Madras plague regulations in force outside the Presidency town - Volume 3
Disease focus: Plague
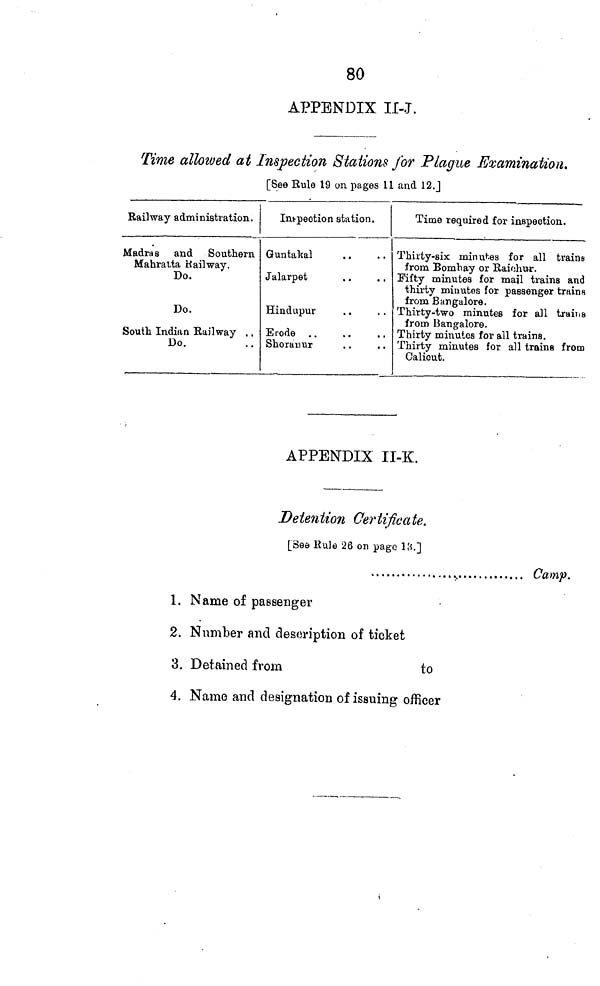
80
AT?PENDIX II-J.
Time alloîved at Inspection Stations for Plague Examination.
[See Eule 19 on pages 11 and 12.J
Railway administration.
Madras and Southern
Mabratta Railway.
Do.
Do.
South Indian Railway . .
Do.
Intpeotion station.
Guntakal
Jalarpet
Hindupur
Erode ..
Shorauur
Time required for inspection.
Thirty-six minutes for all trains
from Bombay or Raiohur.
Fifty minutes for mail trains and
thirty minutes for passenger trains
from Bangalore.
Thirty-two minutes for all trail > s
from Bangalore.
Thirty minutes for all trains.
Thirty minutes for all trains from
Caliout.
APPENDIX II-K.
Detention Certificate.
[See Rule 26 on page l'A.~\
Camp.
1. Name of passenger
2. Number and description of ticket
3. Detained from
to
4. Name and designation of issuing officer